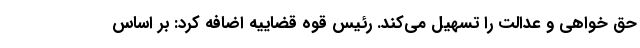
حق خواهی و عدالت را تسهیل می‌کند. رئیس قوه قضاییه اضافه کرد: بر اساس